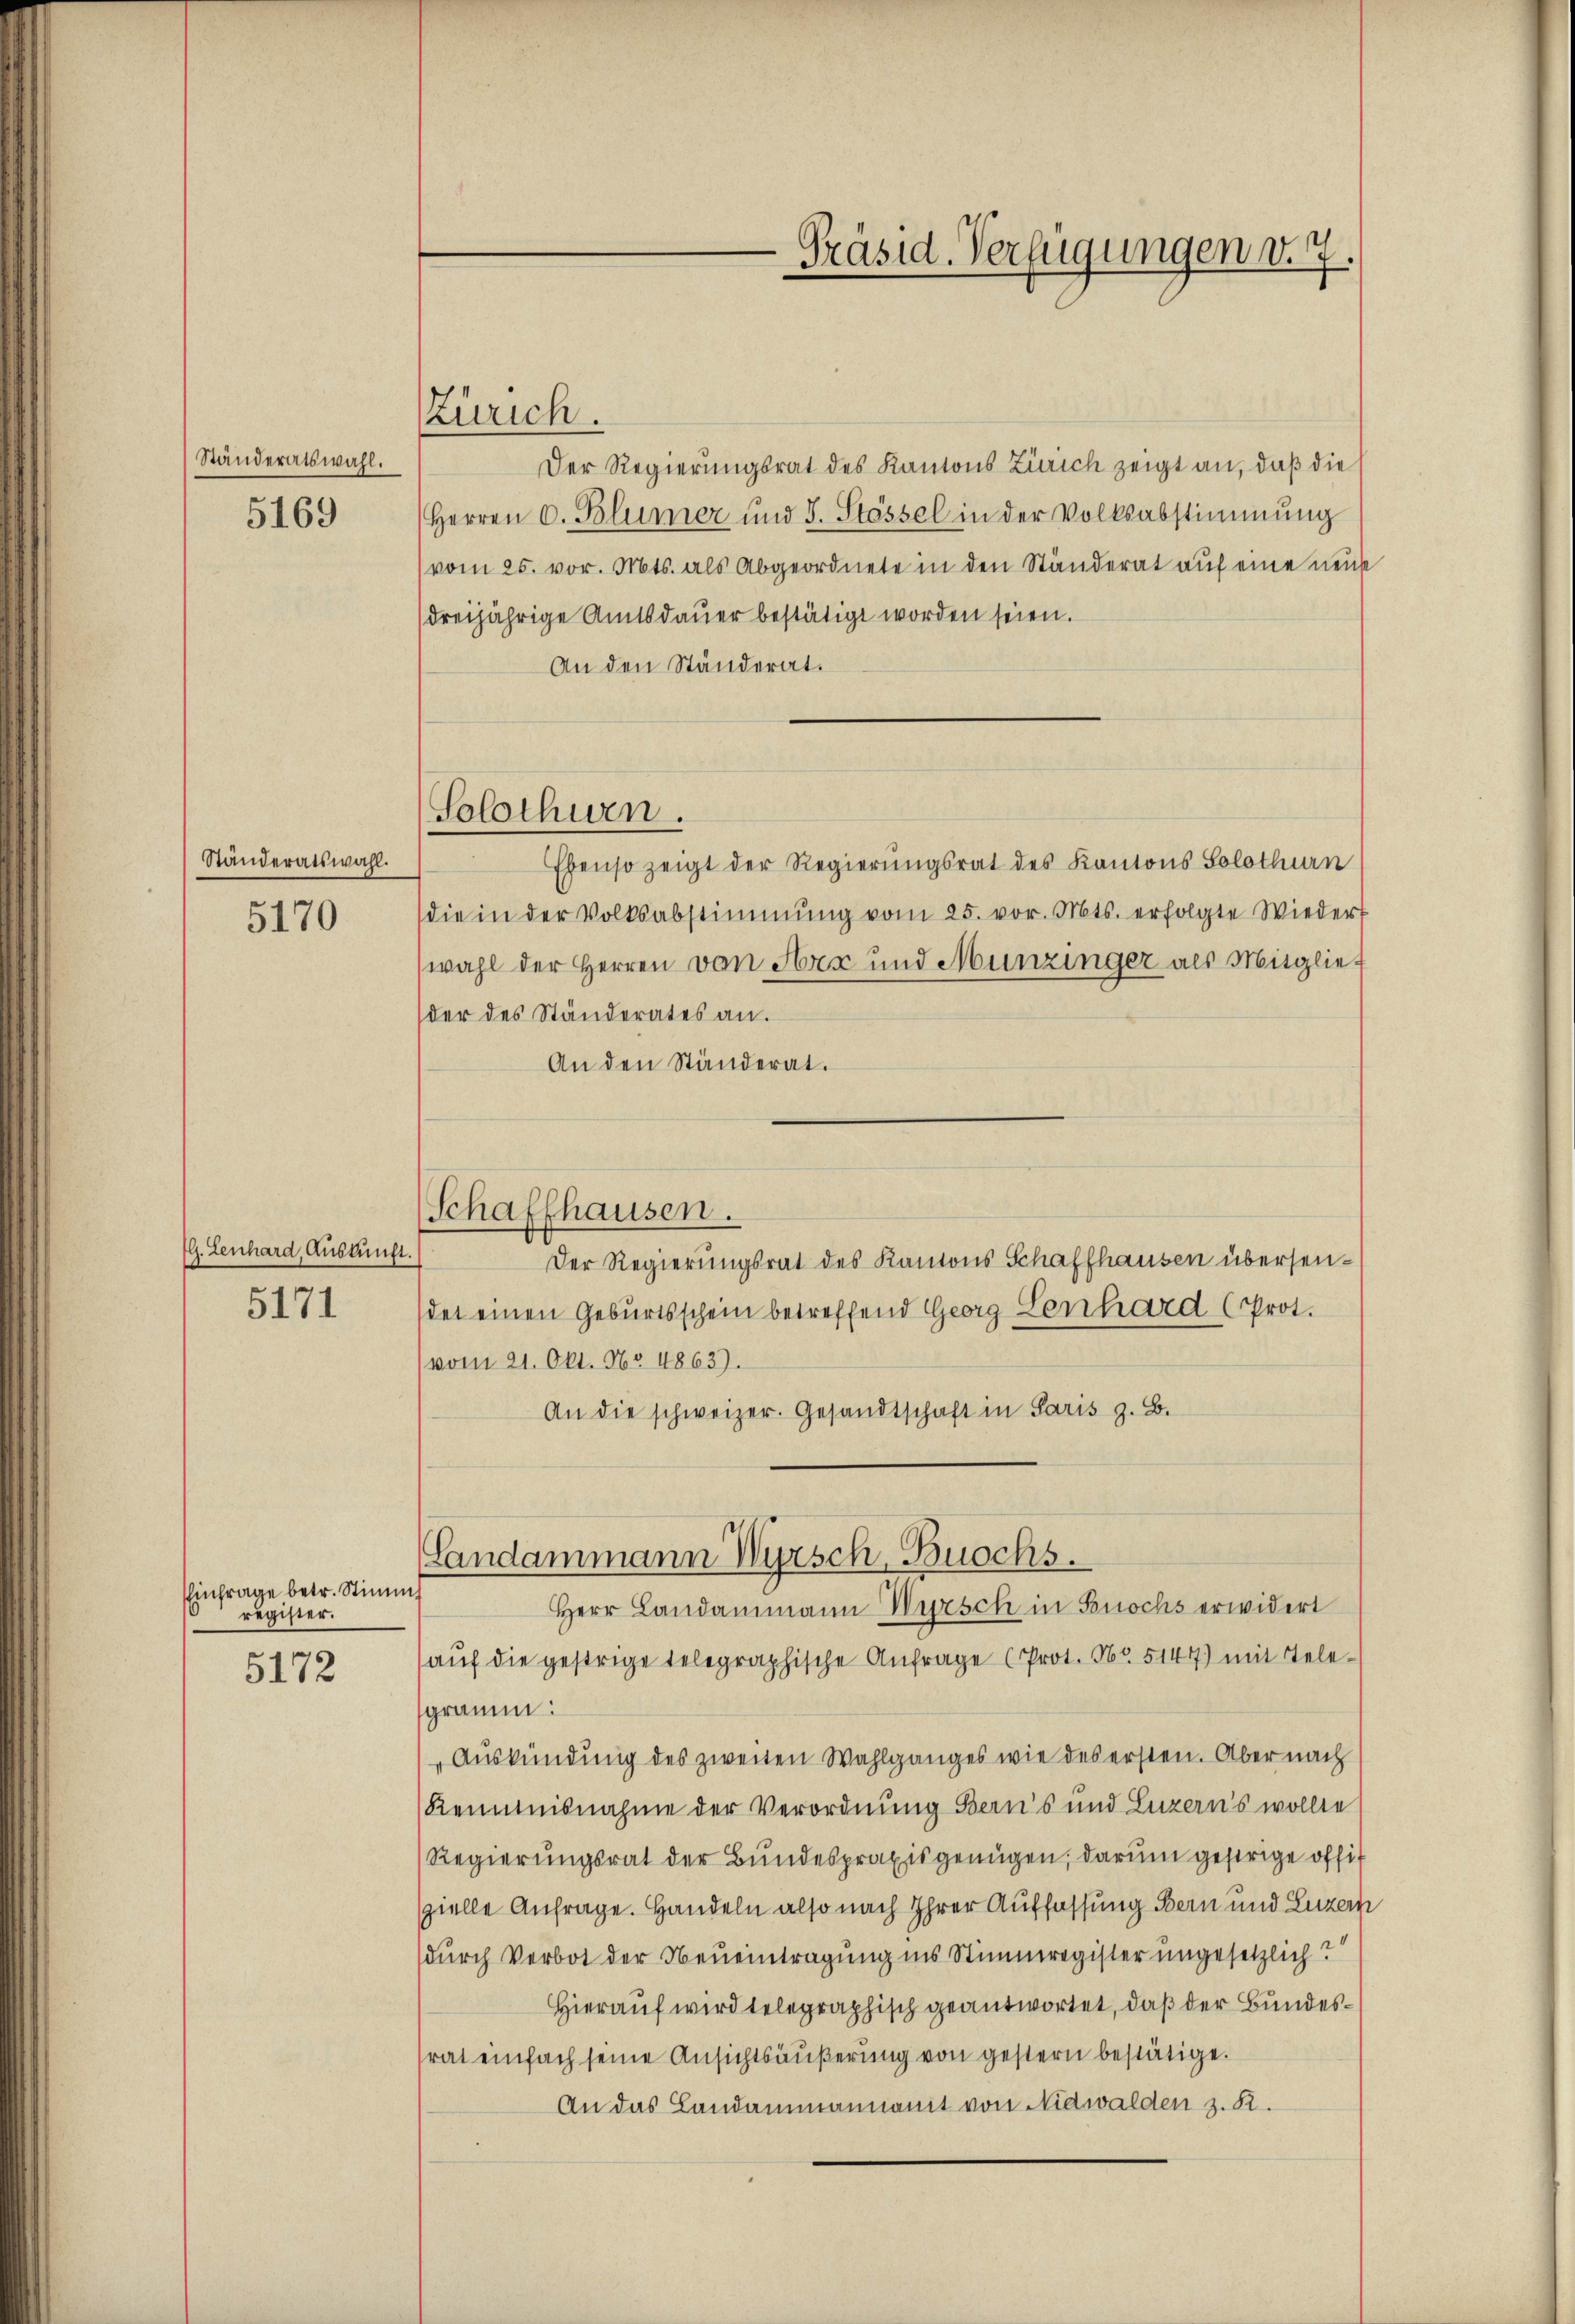
Ständeratswahl.
5169

Ständeratswahl.
5170

G. Lenhard, Auskunft.

5171

EEinfrage betr. Stimm
register.
5172

Zürich.

(Solothurn.

Der Regierungsrat des Kantons Zürich zeigt an, daß die
Herren C. Blümer und I. Stössel in der Volksabstimmung
(vom 25. vor. Mts. als Abgeordnete in den Ständerat auf eine neue
(dreijährige Amtsdauer bestätigt worden seien.
An den Ständerat.
Ebenso zeigt der Regierungsrat des Kantons Solothurn
die in der Volksabstimmung vom 25. vor. Mts. erfolgte Wiedert
wahl der Herren von Herz und Munzinger als Mitglief
der des Ständerates an.
An den Ständerat.
Der Regierungsrat des Kantons Schaffhausen übersendet einen Geburtsschein betreffend Georg Senhard (Prot.
(vom 21. Okt. No 4863).
An die schweizer. Gesandtschaft in Paris z. B.
Landammann Wyrsch, Buochs.
Herr Landammann Wursch in Buochs erwidert
aŭf die gestrige telegraphische Anfrage (Prot. No. 5147) mit Telegramm.
Auskündung des zweiten Wahlganges wie des ersten. Aber nach
Kenntnisnahme der Verordnung Beans und Luzern’s wollte
Regierungsrat der Bundespraxis genügen, darum gestrige offiszielle Anfrage. Handeln also nach Ihrer Auffassung Bern und Luzern
durch Verbot der Neueintragung ins Stimmregister ungesetzlich?
Hierauf wird telegraphisch geantwortet, daß der Bundessrat einfach seine Ansichtsäußerung von gestern bestätige.
An das Landammannamt von Nidwalden z. R.

Schaffhausen.

Präsid-Verfügungen v. 7.